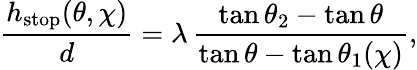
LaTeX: \frac{h_{\mathrm{{stop}}}(\theta,\chi)}{d}=\lambda\, \frac{\tan\theta_{2}-\tan\theta}{\tan\theta-\tan\theta_{1}(\chi)},